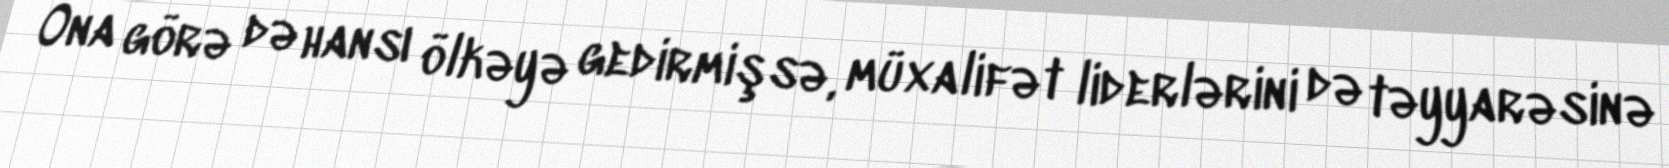
Ona görə də hansı ölkəyə gedirmişsə, müxalifət liderlərini də təyyarəsinə